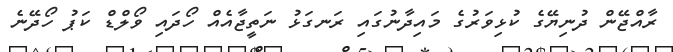
ރާއްޖޭން ދުނިޔޭގެ ކުޅިވަރުގެ މައިދާނުގައި ރަނގަޅު ނަތީޖާއެއް ހޯދައި ވޯލްޑް ކަޕު ހޯދޭނެ